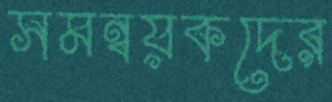
সমন্বয়কদের